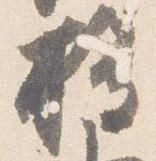
権